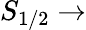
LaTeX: S_{1/2}\rightarrow